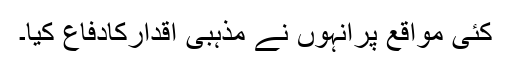
کئی مواقع پرانہوں نے مذہبی اقدارکادفاع کیا۔